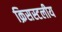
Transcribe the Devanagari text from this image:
क्रिसस्टलीय